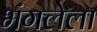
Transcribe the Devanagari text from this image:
भंगलेला